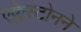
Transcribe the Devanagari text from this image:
एक्लेस्टोनने